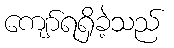
ကျော်ရရှိခဲ့သည်